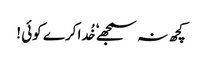
کچھ نہ سمجھے ٗ خُدا کرے کوئی !